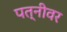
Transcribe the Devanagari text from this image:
पत्‍नीवर